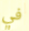
في